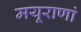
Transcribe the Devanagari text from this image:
मयूराणां